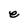
Character: e